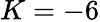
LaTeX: K=-6